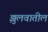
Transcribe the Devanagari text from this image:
झुलवातील